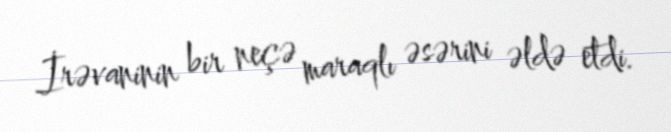
İrəvaninin bir neçə maraqlı əsərini əldə etdi.